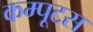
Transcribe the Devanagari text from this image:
कम्पूटस